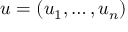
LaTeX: u = ( u _ { 1 } , \ldots , u _ { n } )